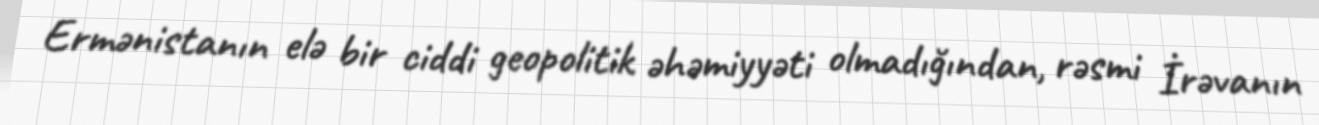
Ermənistanın elə bir ciddi geopolitik əhəmiyyəti olmadığından, rəsmi İrəvanın